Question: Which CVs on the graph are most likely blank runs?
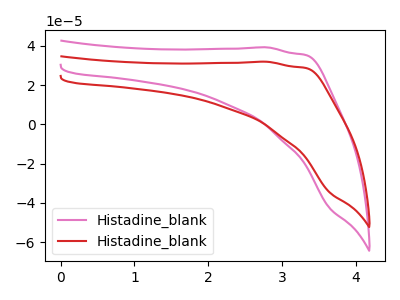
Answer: <think>The pink curve "Histadine_blank1" has no peaks. The red curve "Histadine_blank2" has no peaks.</think>
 <answer>"Histadine_blank1" and "Histadine_blank2" are likely to be blanks.</answer>
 <eval>"Histadine_blank1", "Histadine_blank2"</eval>